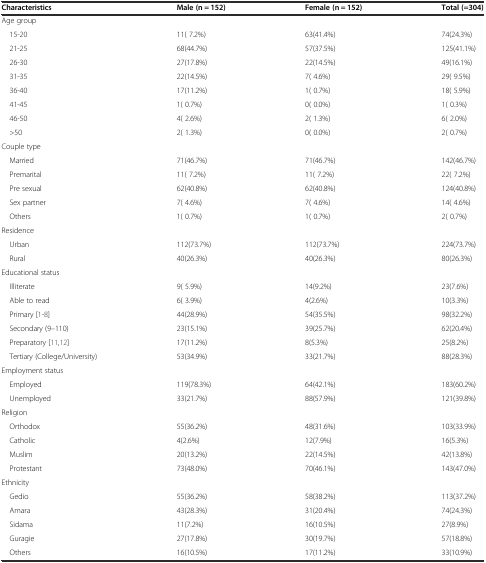
<table><thead><tr><td><b>Characteristics</b></td><td><b>Male (n = 152)</b></td><td><b>Female (n = 152)</b></td><td><b>Total (=304)</b></td></tr></thead><tbody><tr><td colspan="4">Age group</td></tr><tr><td> 15-20</td><td>11( 7.2%)</td><td>63(41.4%)</td><td>74(24.3%)</td></tr><tr><td> 21-25</td><td>68(44.7%)</td><td>57(37.5%)</td><td>125(41.1%)</td></tr><tr><td> 26-30</td><td>27(17.8%)</td><td>22(14.5%)</td><td>49(16.1%)</td></tr><tr><td> 31-35</td><td>22(14.5%)</td><td>7( 4.6%)</td><td>29( 9.5%)</td></tr><tr><td> 36-40</td><td>17(11.2%)</td><td>1( 0.7%)</td><td>18( 5.9%)</td></tr><tr><td> 41-45</td><td>1( 0.7%)</td><td>0( 0.0%)</td><td>1( 0.3%)</td></tr><tr><td> 46-50</td><td>4( 2.6%)</td><td>2( 1.3%)</td><td>6( 2.0%)</td></tr><tr><td> &gt;50</td><td>2( 1.3%)</td><td>0( 0.0%)</td><td>2( 0.7%)</td></tr><tr><td colspan="4">Couple type</td></tr><tr><td> Married</td><td>71(46.7%)</td><td>71(46.7%)</td><td>142(46.7%)</td></tr><tr><td> Premarital</td><td>11( 7.2%)</td><td>11( 7.2%)</td><td>22( 7.2%)</td></tr><tr><td> Pre sexual</td><td>62(40.8%)</td><td>62(40.8%)</td><td>124(40.8%)</td></tr><tr><td> Sex partner</td><td>7( 4.6%)</td><td>7( 4.6%)</td><td>14( 4.6%)</td></tr><tr><td> Others</td><td>1( 0.7%)</td><td>1( 0.7%)</td><td>2( 0.7%)</td></tr><tr><td colspan="4">Residence</td></tr><tr><td> Urban</td><td>112(73.7%)</td><td>112(73.7%)</td><td>224(73.7%)</td></tr><tr><td> Rural</td><td>40(26.3%)</td><td>40(26.3%)</td><td>80(26.3%)</td></tr><tr><td colspan="4">Educational status</td></tr><tr><td> Illiterate</td><td>9( 5.9%)</td><td>14(9.2%)</td><td>23(7.6%)</td></tr><tr><td> Able to read</td><td>6( 3.9%)</td><td>4(2.6%)</td><td>10(3.3%)</td></tr><tr><td> Primary[1–8]</td><td>44(28.9%)</td><td>54(35.5%)</td><td>98(32.2%)</td></tr><tr><td> Secondary (9–110)</td><td>23(15.1%)</td><td>39(25.7%)</td><td>62(20.4%)</td></tr><tr><td> Preparatory[11, 12]</td><td>17(11.2%)</td><td>8(5.3%)</td><td>25(8.2%)</td></tr><tr><td> Tertiary (College/University)</td><td>53(34.9%)</td><td>33(21.7%)</td><td>88(28.3%)</td></tr><tr><td colspan="4">Employment status</td></tr><tr><td> Employed</td><td>119(78.3%)</td><td>64(42.1%)</td><td>183(60.2%)</td></tr><tr><td> Unemployed</td><td>33(21.7%)</td><td>88(57.9%)</td><td>121(39.8%)</td></tr><tr><td colspan="4">Religion</td></tr><tr><td> Orthodox</td><td>55(36.2%)</td><td>48(31.6%)</td><td>103(33.9%)</td></tr><tr><td> Catholic</td><td>4(2.6%)</td><td>12(7.9%)</td><td>16(5.3%)</td></tr><tr><td> Muslim</td><td>20(13.2%)</td><td>22(14.5%)</td><td>42(13.8%)</td></tr><tr><td> Protestant</td><td>73(48.0%)</td><td>70(46.1%)</td><td>143(47.0%)</td></tr><tr><td colspan="4">Ethnicity</td></tr><tr><td> Gedio</td><td>55(36.2%)</td><td>58(38.2%)</td><td>113(37.2%)</td></tr><tr><td> Amara</td><td>43(28.3%)</td><td>31(20.4%)</td><td>74(24.3%)</td></tr><tr><td> Sidama</td><td>11(7.2%)</td><td>16(10.5%)</td><td>27(8.9%)</td></tr><tr><td> Guragie</td><td>27(17.8%)</td><td>30(19.7%)</td><td>57(18.8%)</td></tr><tr><td> Others</td><td>16(10.5%)</td><td>17(11.2%)</td><td>33(10.9%)</td></tr></tbody></table>